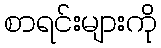
စာရင်းများကို